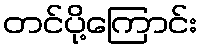
တင်ပို့ကြောင်း